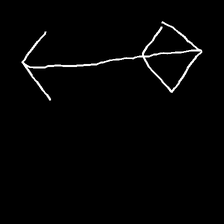
Glyph: focus